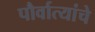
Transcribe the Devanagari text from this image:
पौर्वात्यांचे